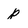
Character: p